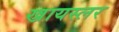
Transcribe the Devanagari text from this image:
ख्रायस्लर